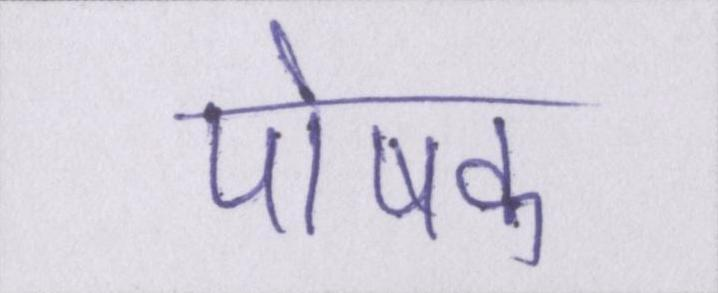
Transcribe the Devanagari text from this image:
पोषक